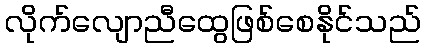
လိုက်လျောညီထွေဖြစ်စေနိုင်သည်